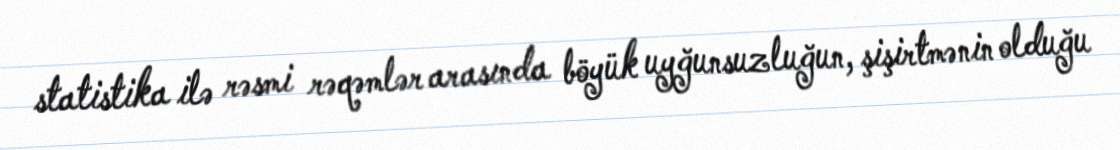
statistika ilə rəsmi rəqəmlər arasında böyük uyğunsuzluğun, şişirtmənin olduğu